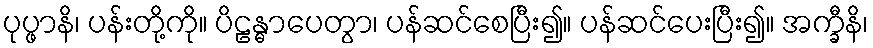
ပုပ္ဖာနိ၊ ပန်းတို့ကို။ ပိဠန္ဓာပေတွာ၊ ပန်ဆင်စေပြီး၍။ ပန်ဆင်ပေးပြီး၍။ အက္ခီနိ၊